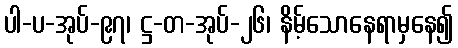
ပါ-ပ-အုပ်-၉၇၊ ဋ္ဌ-တ-အုပ်-၂၆၊ နိမ့်သောနေရာမှနေ၍